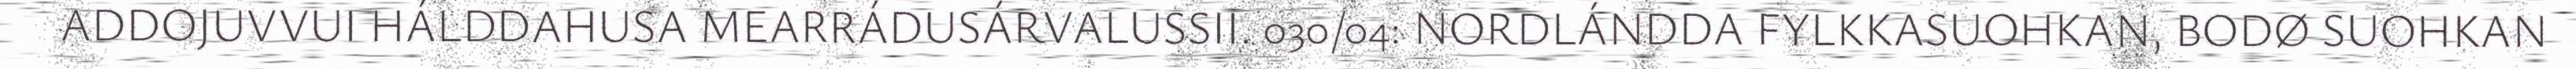
ADDOJUVVUI HÁLDDAHUSA MEARRÁDUSÁRVALUSSII. 030/04: NORDLÁNDDA FYLKKASUOHKAN, BODØ SUOHKAN